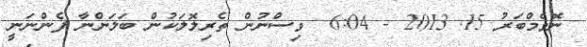
ނޮވެމްބަރު 15